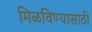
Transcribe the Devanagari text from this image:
मिळविण्‍यासाठी